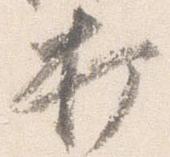
打